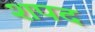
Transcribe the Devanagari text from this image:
शपद